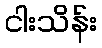
ငါးသိန်း